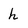
Character: h